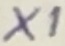
Text: X1